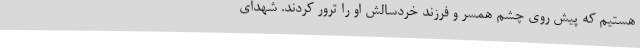
هستیم که پیش روی چشم همسر و فرزند خردسالش او را ترور کردند. شهدای